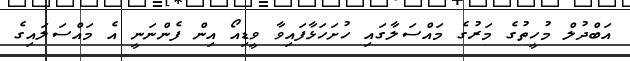
އަބްދުލް މުހީތުގެ މަރުގެ މައްސަލާގައި ހުށަހަޅާފައިވާ ވީޑިއޯ އިން ފެންނަނީ އެ މައްސަލައިގެ